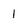
Character: l